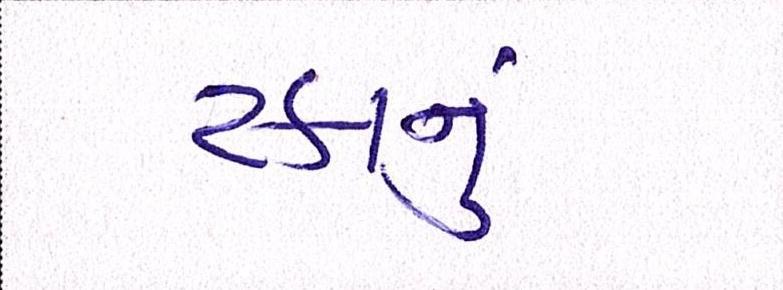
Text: ટકાનું